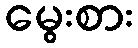
မွေးစား